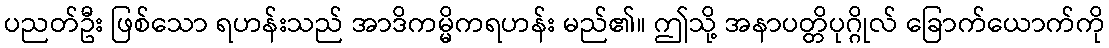
ပညတ်ဦး ဖြစ်သော ရဟန်းသည် အာဒိကမ္မိကရဟန်း မည်၏။ ဤသို့ အနာပတ္တိပုဂ္ဂိုလ် ခြောက်ယောက်ကို